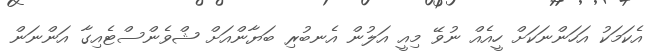
އެކަމަކު އަހަންނަކަށް ހީއެއް ނުވޭ މިއީ އަލުން އެނބުރި ބަޔާންއަށް ޝްވެންސްޓެއިގާ އަންނަން